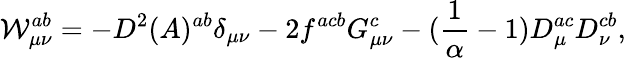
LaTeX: {\cal{W}}_{\mu\nu}^{ab}=-D^{2}(A)^{ab}\delta_{\mu\nu}-2f^{acb}G_{\mu\nu}^{c}-({\frac{1}{\alpha}}-1)D_{\mu}^{ac}D_{\nu}^{cb},